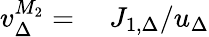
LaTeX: \begin{array}{rl}{v_{\Delta}^{M_{2}}=}&{{}\ J_{1,\Delta}/u_{\Delta}}\end{array}